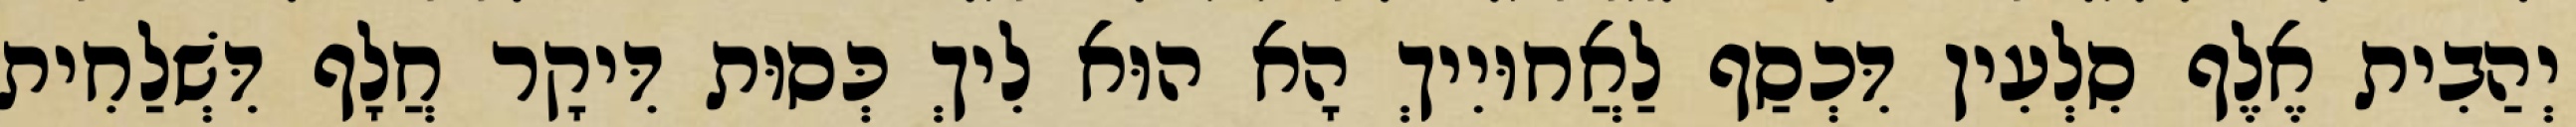
יְהַבִית אֶלֶף סִלְעִין דִּכְסַף לַאֲחוּיִיךְ הָא הוּא לִיךְ כְּסוּת דִּיקָר חֲלָף דִּשְׁלַחִית